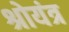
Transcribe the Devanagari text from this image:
श्रोयंत्र